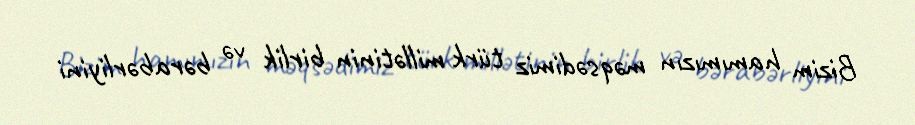
Bizim hamımızın məqsədimiz türk millətinin birlik və bərabərliyini